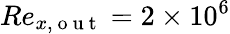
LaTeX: Re_{x,\mathrm{~o~u~t~}}=2\times 10^{6}